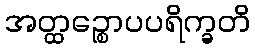
အတ္ထဉ္စောပပရိက္ခတိ